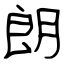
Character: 朗